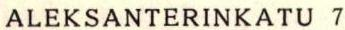
ALEKSANTERINKATU 7